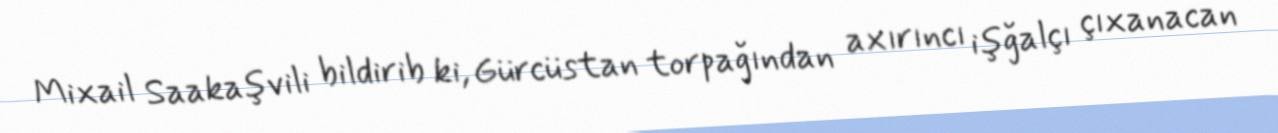
Mixail Saakaşvili bildirib ki, Gürcüstan torpağından axırıncı işğalçı çıxanacan